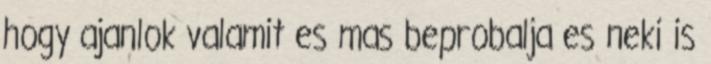
hogy ajanlok valamit es mas beprobalja es neki is